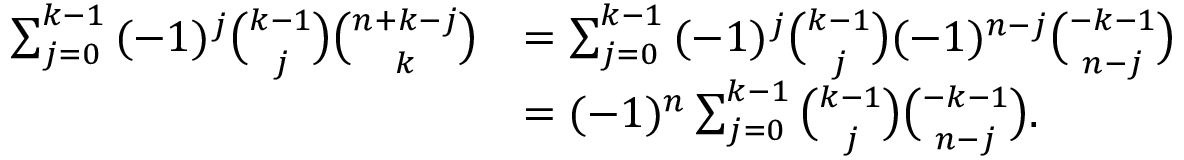
\begin{array} { r l } { \sum _ { j = 0 } ^ { k - 1 } { ( - 1 ) ^ { j } \binom { k - 1 } { j } \binom { n + k - j } { k } } } & { = \sum _ { j = 0 } ^ { k - 1 } { ( - 1 ) ^ { j } \binom { k - 1 } { j } ( - 1 ) ^ { n - j } \binom { - k - 1 } { n - j } } } \\ & { = ( - 1 ) ^ { n } \sum _ { j = 0 } ^ { k - 1 } { \binom { k - 1 } { j } \binom { - k - 1 } { n - j } } . } \end{array}